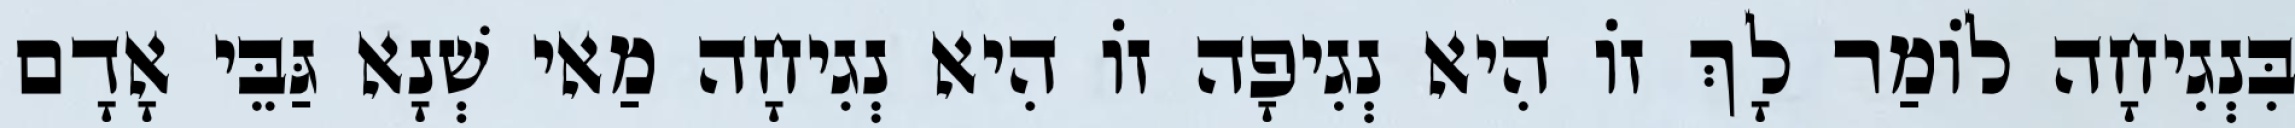
בִּנְגִיחָה לוֹמַר לָךְ זוֹ הִיא נְגִיפָה זוֹ הִיא נְגִיחָה מַאי שְׁנָא גַּבֵּי אָדָם